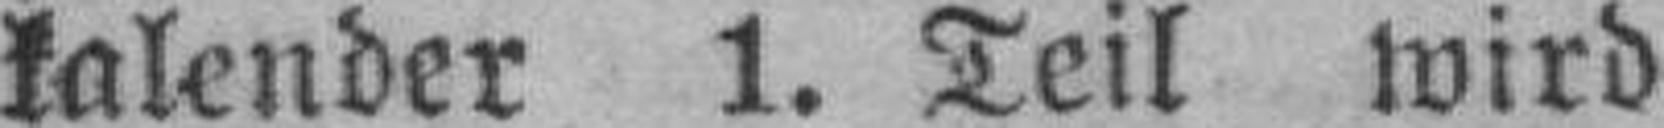
kalender 1. Teil wird